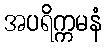
အပရိက္ကမနံ